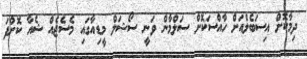
ދިމާކޮށް އިސަބެލްއަށް ހާއްސަކޮށް ސަލްމާން ވަނީ ސޯޝަލް މީޑިއާގައި މެސެޖެއް ޝެއާ ކޮށްފަ